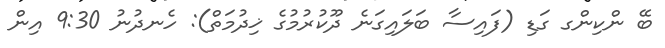
ބޭ ންކިންގ ގަޑި (ފައިސާ ބަލައިގަނެ ދޫކުރުމުގެ ޚިދުމަތް): ހެނދުނު 9:30 އިން